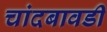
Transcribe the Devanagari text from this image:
चांदबावडी